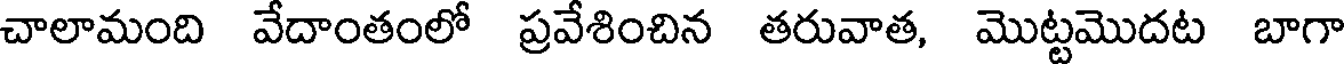
చాలామంది వేదాంతంలో ప్రవేశించిన తరువాత, మొట్టమొదట బాగా